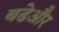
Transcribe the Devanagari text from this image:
बढेऔर